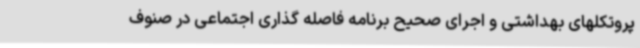
پروتکلهای بهداشتی و اجرای صحیح برنامه فاصله گذاری اجتماعی در صنوف